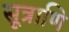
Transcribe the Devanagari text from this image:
सूत्राणि